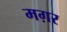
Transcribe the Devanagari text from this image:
मग़र